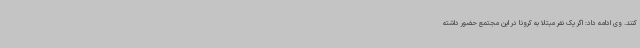
کنند. وی ادامه داد: اگر یک نفر مبتلا به کرونا در این مجتمع حضور داشته